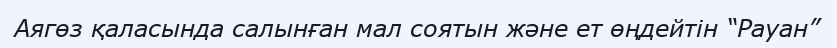
Аягөз қаласында салынған мал соятын және ет өңдейтін “Рауан”